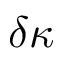
\delta \kappa